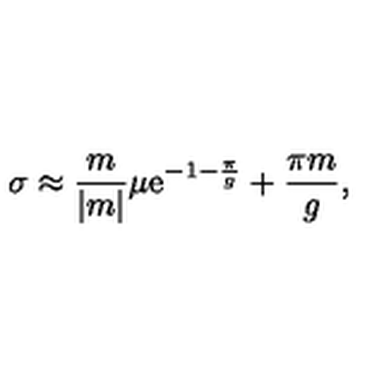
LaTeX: \sigma \approx { \frac { m } { | m | } } \mu \mathrm { e } ^ { - 1 - { \frac { \pi } { g } } } + { \frac { \pi m } { g } } ,